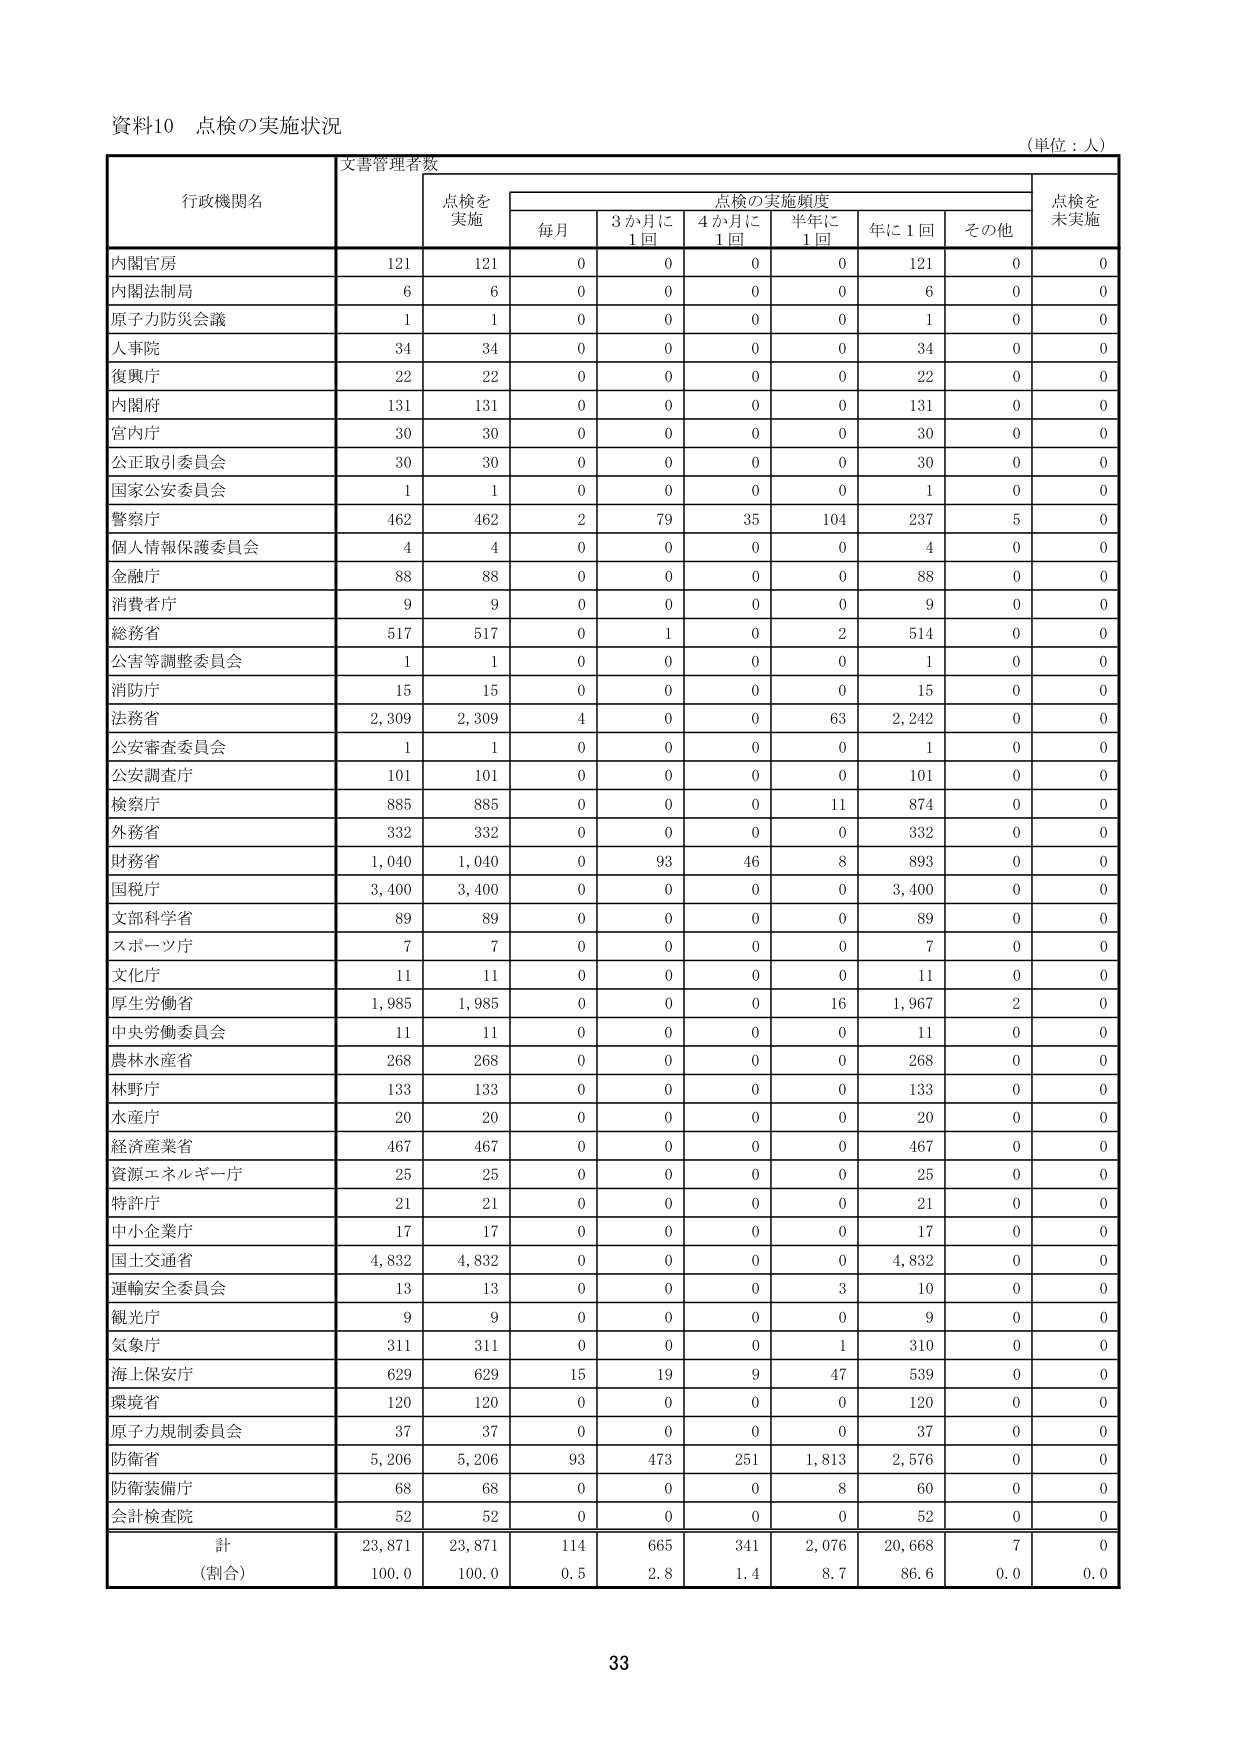
資料10 点検の実施状況
(単位：人)

行政機関名 文書管理者数 点検を実施 点検の実施頻度 点検を未実施
　　　　　　　　　　　　　　　　　　　毎月 3か月に1回 4か月に1回 半年に1回 年に1回 その他

内閣官房 121 121 0 0 0 0 121 0 0
内閣法制局 6 6 0 0 0 0 6 0 0
原子力防災会議 1 1 0 0 0 0 1 0 0
人事院 34 34 0 0 0 0 34 0 0
復興庁 22 22 0 0 0 0 22 0 0
内閣府 131 131 0 0 0 0 131 0 0
宮内庁 30 30 0 0 0 0 30 0 0
公正取引委員会 30 30 0 0 0 0 30 0 0
国家公安委員会 1 1 0 0 0 0 1 0 0
警察庁 462 462 2 79 35 104 237 5 0
個人情報保護委員会 4 4 0 0 0 0 4 0 0
金融庁 88 88 0 0 0 0 88 0 0
消費者庁 9 9 0 0 0 0 9 0 0
総務省 517 517 0 1 0 2 514 0 0
公害等調整委員会 1 1 0 0 0 0 1 0 0
消防庁 15 15 0 0 0 0 15 0 0
法務省 2,309 2,309 4 0 0 63 2,242 0 0
公安審査委員会 1 1 0 0 0 0 1 0 0
公安調査庁 101 101 0 0 0 0 101 0 0
検察庁 885 885 0 0 0 11 874 0 0
外務省 332 332 0 0 0 0 332 0 0
財務省 1,040 1,040 0 93 46 8 893 0 0
国税庁 3,400 3,400 0 0 0 0 3,400 0 0
文部科学省 89 89 0 0 0 0 89 0 0
スポーツ庁 7 7 0 0 0 0 7 0 0
文化庁 11 11 0 0 0 0 11 0 0
厚生労働省 1,985 1,985 0 0 0 16 1,967 2 0
中央労働委員会 11 11 0 0 0 0 11 0 0
農林水産省 268 268 0 0 0 0 268 0 0
林野庁 133 133 0 0 0 0 133 0 0
水産庁 20 20 0 0 0 0 20 0 0
経済産業省 467 467 0 0 0 0 467 0 0
資源エネルギー庁 25 25 0 0 0 0 25 0 0
特許庁 21 21 0 0 0 0 21 0 0
中小企業庁 17 17 0 0 0 0 17 0 0
国土交通省 4,832 4,832 0 0 0 0 4,832 0 0
運輸安全委員会 13 13 0 0 0 3 10 0 0
観光庁 9 9 0 0 0 0 9 0 0
気象庁 311 311 0 0 0 1 310 0 0
海上保安庁 629 629 15 19 9 47 539 0 0
環境省 120 120 0 0 0 0 120 0 0
原子力規制委員会 37 37 0 0 0 0 37 0 0
防衛省 5,206 5,206 93 473 251 1,813 2,576 0 0
防衛装備庁 68 68 0 0 0 8 60 0 0
会計検査院 52 52 0 0 0 0 52 0 0

計 23,871 23,871 114 665 341 2,076 20,668 7 0
(割合) 100.0 100.0 0.5 2.8 1.4 8.7 86.6 0.0 0.0

33